Lunatic asylums Madras 1892-1911 - 1892-1911
Year: 1892
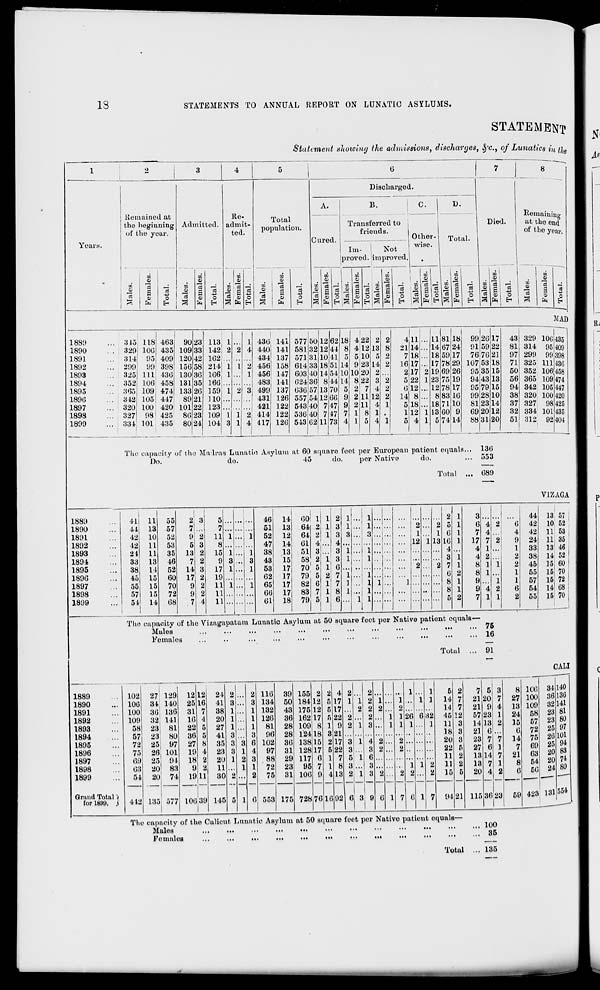
13
STATEMENTS TO ANNUAL REPORT ON LUNATIC ASYLUMS.
STATEMENT
Statement showing the admissions, discharges, ^'c, of Lunatics in //
6
I
7
I
8
Years.
Remained at
the beginning
of the year.
o
S
Admitted.
o
EH
o
EH
Re.
admit-
ted.
-
—
02 «
aj S cs
o o
N fa EH
Total
population.
OQ
o
CO
o
Dischai'ged.
A.
Cured.
B.
Transferred to
friends.
C.
Im-
Not
proved, improved
—: in
O *
Other-
wise.
D.
Total.
Died.
o
C3 r^
V o
fa HIS
Remaining
at the end
of the year.
o
EH
08 i -i
O
EH
I.
o
to
o
a
EM
MAD
■135
409
398
436
•158
474
'147
420
425
435
404
1889
1890
1891
1892
1893
1894
1895
1896
1897
1893
1899
... 315
I
, 118 163
.. 329 10G 435
... 314! 95 409
... 290 99 398
... 825 111 436
... 352 106 458
... 365 109 474
... 312 105 447
... 320 loo; 420!
... 327 98 425 1
.. 33 4 101 1
435
90
109
120
156
130
131
133
89
101
86
80
23
88
42
58
86
35
26
21
22
23
24
113
142
162
214
166
166
159
110
123
109
104
436
440}
434 1
456
456'
4831
499'
431
421
414
417
141
141
137
158
147
141
137
126
122
122
126
50
32
81
577
581
571
614133
603 40
624|36
036J57
557i54
54340
536140
543! 62
12
12
10
18
11
8
18
12
7
7
11
62
44
11
51
54
11
70
06
17
17
73
18
8
5
14
10
It
5
0
9
7
1
22
12
10
4-
5
9123
20
22
7
11
11
8
5
2
13
5
14
2
3
4
12
4
1
4
4 ,11
11
21 14
14
7 18
18
16 17 ... 17
2 17 2 19
5 22 1 23
6 12
12
14 8
8
5 18
18
1 12 1 13
5
1
1 5
81
67
59
78
69
75
78
83
71
60
74
18
24
17
29
26
10
17
16
10
9
14
99
91
76
107
95
94
95
99
81
69
88
26
59
76
53
35
43
79
28
23
20
31
17
22
21
18
15
13
15
10
14
12
20,
43
81
97
71
50
56
94
38
37
32
51
329
314
299
325
352
365
342
320
327
334
312
10U
95
99
111
106
109
105
100
98
101
92
Tim capacity of the Madras Lunatio Asylum at 60 square feet per European patient equals... 136
Do.
do.
45
do.
per Native
do.
... 553
Total
689
ViZAGA
1889
1890
1801
1892
1893
1894
1895
1896
1897
1898
1899
41| 11
44 13
42
42
24
38
45
55
57
54
10
11
11
33 13
11
15
15
15
14
oo
57
52
53
35
46
52
60
70
72
68
2
7'
9
5
13
7
14
17
9
9
7
->
7
11
8
15
9
17
19
11
11
11
46
51
52
47
38
43
53
62
65
66
61
14
13
12
14
13
15
17
17
17
17
18
60
64
64
61
51
58
70
79
82
83
79
1 .
1
1
1 1
12
3
...
6 4 2
6
7 4
4
17 7 2 9
4 1
1
4 2
2
8 1 1
2
8 1
1
9
1
1
9 4 2
6
7 1 1
2
The capacity of tho Vizagapatam Lunatic Asylum at 50 square feet per Native patient equals—
Males
75
Females
...
..
...
...
...
•••
•••
•••
•••
•••
•••
••• 16
44
42
42
24
33
3S
45
55
57
54
55
13 57 :
10 52
11 53
11 35
13 46
14 52 I
15; 60 !
15 70
16 72 !
14 68
is 70;
Total
91
1889
1890
1891
1892
1893
1894
1895
1896
1897
1898
1899
Grand Total )
for 18W. )
102
106
100
100
58
57
72
75
09
63
54
442
27 129
34 140
36 136
32 141
23 81
23 80
25 97
26 101
25 01.
20 83
20 74
135 577
12
25
31
10
22
36
27
10
18
9
19
106 30
24
41
38
20
27
41
35
23
20
11
30
145
6
116
134
132
126
81
06
102
97
88
72
75
553
39
50
43
36
28
28
36
31
29
23
31
175
155
184
175
162
109
124
138
128
117
95
106
728,76 16
4
17
17
22
0
21
17
22
7
8
13
2
1 2
2 2
•• 2
li 3
4
3
L 6
.. 3
02 6, 3, 9 0
26
1
6 32
1
5
14
14
45
11
18
20
22
11
11
04 21
7
21
21
57
14
21
23
27
13
13
20
115
5
20
9
23
13
li
7
6
11
7
4
36 23
The capacity of the Calicut Lunatic Asylum at 50 square feet per Nativo patient equals—
Males
...
...
...
...
...
...
...
...
•••
•••
•••
••• 190
Females
...
...
...
...
...
•••
•••
...
••<
•••
•••
••• 85
8
27
13
24
15
6
14
7
21
8
6
59
106 84
100 36
109 32
58 23
57 23
72 25
75 20
69 25
63 20
54 20
56 24
i
423 131
CALI
140
136
141
81
80
97
101
94
83
74
no
oi>>
Total ... 135